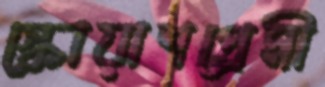
স্কোয়াশপ্রেমী